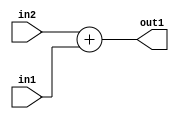
`timescale 1ps / 1ps
/*****************************************************************************
    Verilog RTL Description
    
    
    Created by: Stratus DpOpt 21.05.01 
*******************************************************************************/

module Filter_Add_5Ux5U_5U_1 (
	in2,
	in1,
	out1
	); /* architecture "behavioural" */ 
input [4:0] in2,
	in1;
output [4:0] out1;
wire [4:0] asc001;

assign asc001 = 
	+(in2)
	+(in1);

assign out1 = asc001;
endmodule

/* CADENCE  urj0TQ4= : u9/ySxbfrwZIxEzHVQQV8Q== ** DO NOT EDIT THIS LINE ******/